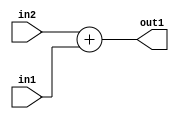
`timescale 1ps / 1ps
/*****************************************************************************
    Verilog RTL Description
    
    
    Created by: Stratus DpOpt 21.05.01 
*******************************************************************************/

module Filter_Add_5Ux5U_5U_1 (
	in2,
	in1,
	out1
	); /* architecture "behavioural" */ 
input [4:0] in2,
	in1;
output [4:0] out1;
wire [4:0] asc001;

assign asc001 = 
	+(in2)
	+(in1);

assign out1 = asc001;
endmodule

/* CADENCE  urj0TQ4= : u9/ySxbfrwZIxEzHVQQV8Q== ** DO NOT EDIT THIS LINE ******/